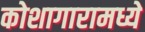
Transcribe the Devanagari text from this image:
कोशागारामध्ये